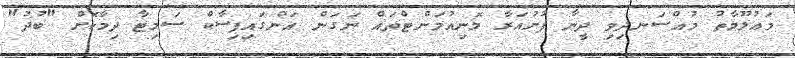
މައުލޫމާތު މުއްސަނދިވި ދީނާ ފުށުއަރާ މޮނިއުމަންޓްތައް ނަގަން އަންގައިފިސާކް ސަމިޓާ ދިމާކޮށް "ބުދު"